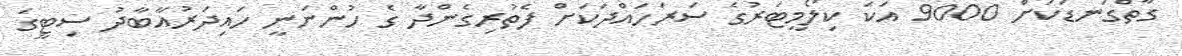
ގާތްގަނޑަކަށް 9000 އަކަ ކިލޯމީޓަރުގެ ސަރަހައްދަކަށް ފެތުރިގެންދާ ގެ ހުންނަނީ ހައިދަރުއާބާދު ސިޓީގަ